Problem: 10 × 12 = ?
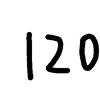
Handwritten answer: 120